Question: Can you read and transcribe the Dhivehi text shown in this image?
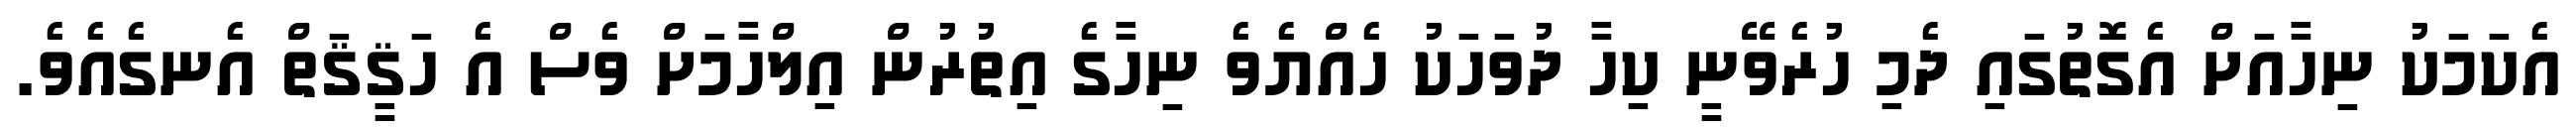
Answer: އެކަމަކު ނިހާއަށް އެގޮތުގައި ދެމި ހުރެވޭނީ ކިހާ ދުވަހަކު ހެއްޔެވެ ނިހާގެ އިތުރުން އިލްހާމަށް ވެސް އެ ހަޤީޤަތް އެނގެއެވެ.